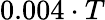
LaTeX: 0.004\cdot T